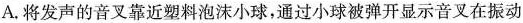
A.将发声的音叉靠近塑料泡沫小球，通过小球被弹开显示音叉在振动